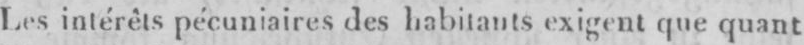
Les intérêts pécuniaires des habitants exigent que quant